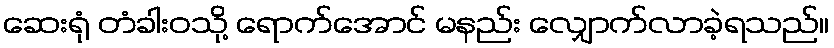
ဆေးရုံ တံခါးဝသို့ ရောက်အောင် မနည်း လျှောက်လာခဲ့ရသည်။